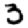
Digit: 3